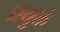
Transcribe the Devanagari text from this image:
प्रयुक्तं